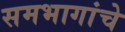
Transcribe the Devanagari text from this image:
समभागांचे